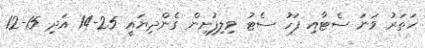
ހަތަރު ވަނަ ސެޓާއި ފަހު ސެޓު ވިލިފުށިން ގެންދިޔައީ 25-14 އަދި 15-12